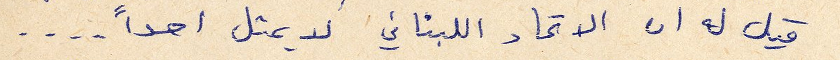
قيل له ان الاتحاد اللبناني لا يمثل احداً...